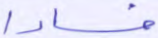
فسادا